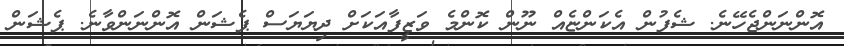
އޮންނަންޖެހޭނެ. ޝެފުން އެކަންޏެއް ނޫން ކޮންމެ ވަޒީފާއަކަށް ދިޔަޔަސް ޕެޝަން އޮންނަންވާނެ. ޕެޝަން